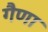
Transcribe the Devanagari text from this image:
गैणा